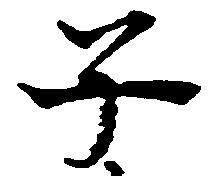
子